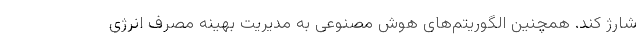
شارژ کند. همچنین الگوریتم‌های هوش مصنوعی به مدیریت بهینه مصرف انرژی